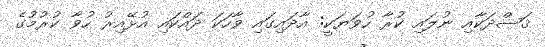
ޤަޞްދަކާއި ނުލައި ކުރާ ހުވަޔަކީ: އާދައިގައި ވާހަކަ ދައްކައި އުޅޭއިރު ހުވާ ކުރުމުގެ